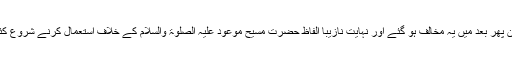
لیکن پھر بعد میں یہ مخالف ہو گئے اور نہایت نازیبا الفاظ حضرت مسیح موعود علیہ الصلوٰۃ والسلام کے خلاف استعمال کرنے شروع کئے۔